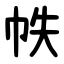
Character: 帙